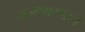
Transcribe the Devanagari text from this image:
जन्ममरणाचे